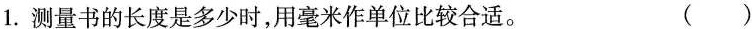
1.测量书的长度是多少时，用毫米作单位比较合适。 ()